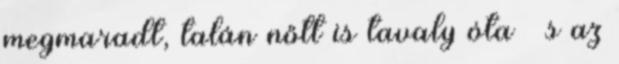
megmaradt, talán nőtt is tavaly óta – s az